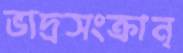
ভাদ্রসংক্রান্